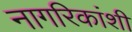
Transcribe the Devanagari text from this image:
नागरिकांशी